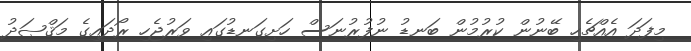
މިފަދަ އެއްޗެހި ބޭނުން ކުރުމުން ބަނޑު ނުފުރުނަސް ހަށިގަނޑުގައި ވަރުޖެހި ރޯދައިގެ މަޤްޞަދު